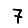
Digit: 7